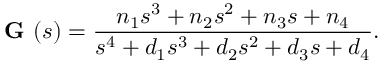
{ \textbf { G } } ( s ) = { \frac { n _ { 1 } s ^ { 3 } + n _ { 2 } s ^ { 2 } + n _ { 3 } s + n _ { 4 } } { s ^ { 4 } + d _ { 1 } s ^ { 3 } + d _ { 2 } s ^ { 2 } + d _ { 3 } s + d _ { 4 } } } .